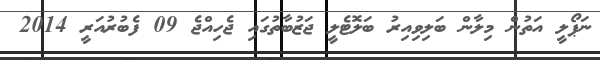
ނަޕޯލީ އަތުން މިލާން ބަލިވިއިރު ބަލޮޓެލީ ޖަޒުބާތުގައި ޖެހިއްޖެ 09 ފެބުރުއަރީ 2014